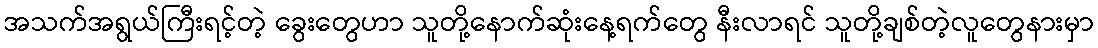
အသက်အရွယ်ကြီးရင့်တဲ့ ခွေးတွေဟာ သူတို့နောက်ဆုံးနေ့ရက်တွေ နီးလာရင် သူတို့ချစ်တဲ့လူတွေနားမှာ